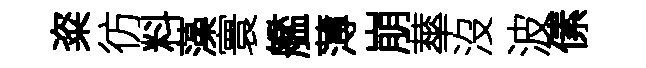
粢彷料藻寰艦薄崩蕐沒波傃